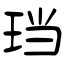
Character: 珰